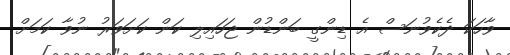
ވާހަކަ ދެކެވުނަސް އެ ޑިންގީ ބަންޑުން ޖަހައިލި ކަން ކަށަވަރު ނުވާ ކަމަށް